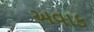
અવાક